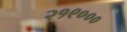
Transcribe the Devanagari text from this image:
२१९०००